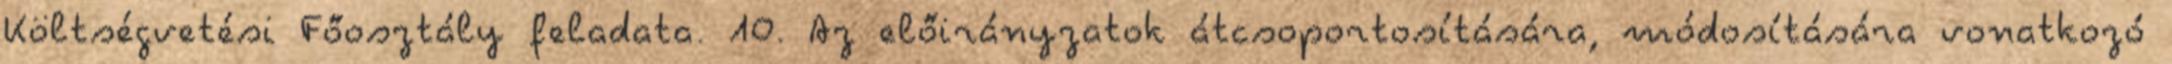
Költségvetési Főosztály feladata. 10. Az előirányzatok átcsoportosítására, módosítására vonatkozó